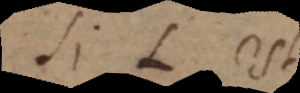
Si L est